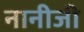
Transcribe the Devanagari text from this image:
नानीजी